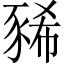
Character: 豨